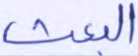
البعث